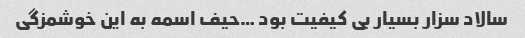
سالاد سزار بسیار بی کیفیت بود …حیف اسمه به این خوشمزگی